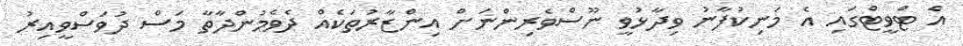
އެ ޓްވީޓްގައި އެ މަނިކުފާނު ވިދާޅުވީ ނޫސްވެރިންނަށް އިންޒާރުތަކެއް ދެވެމުންދާތާ މަސް ދުވަސްވީއިރު